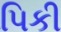
પિકી